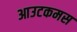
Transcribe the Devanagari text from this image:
आउटकमस